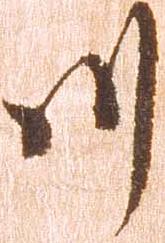
川